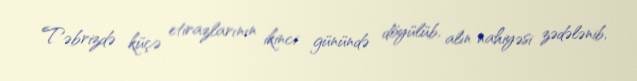
Təbrizdə küçə etirazlarının ikinci günündə döyülüb, alın nahiyəsi zədələnib,